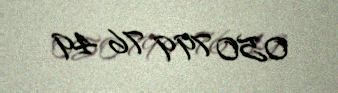
050 799 76 49